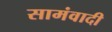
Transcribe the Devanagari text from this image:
सामंवादी